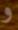
و